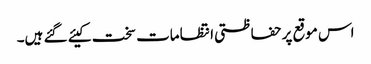
اس موقع پر حفاظتی انتظامات سخت کیئے گئے ہیں۔